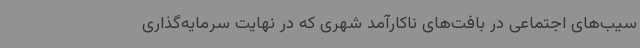
سیب‌های اجتماعی در بافت‌های ناکارآمد شهری که در نهایت سرمایه‌گذاری